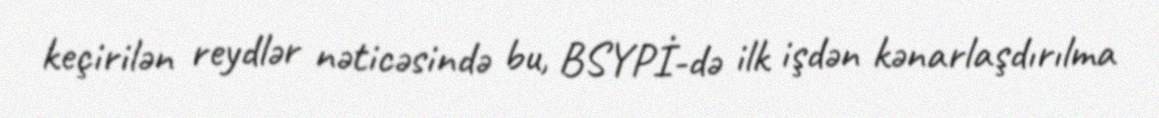
keçirilən reydlər nəticəsində bu, BSYPİ-də ilk işdən kənarlaşdırılma